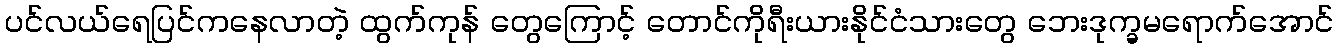
ပင်လယ်ရေပြင်ကနေလာတဲ့ ထွက်ကုန် တွေကြောင့် တောင်ကိုရီးယားနိုင်ငံသားတွေ ဘေးဒုက္ခမရောက်အောင်